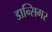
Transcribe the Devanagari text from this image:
डान्सिगर